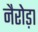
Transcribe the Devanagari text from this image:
नैरोड़ा